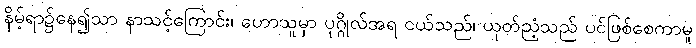
နိမ့်ရာ၌နေ၍သာ နာသင့်ကြောင်း၊ ဟောသူမှာ ပုဂ္ဂိုလ်အရ ငယ်သည်၊ ယုတ်ညံ့သည် ပင်ဖြစ်စေကာမူ